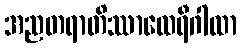
အညတရာတိဿာထေရီဂါထာ